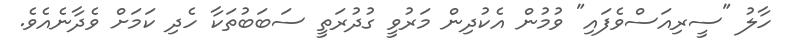
ހާލު "ސީރިއަސްވެފައި" ވުމުން އެކުދިން މަރުވީ ގުދުރަތީ ސަބަބުތަކާ ހެދި ކަމަށް ވެދާނެއެވެ.